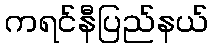
ကရင်နီပြည်နယ်